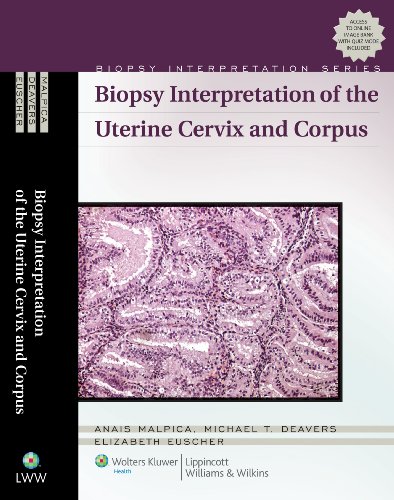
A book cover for Biopsy Interpretation of the Uterine Cervix and Corpus (Biopsy Interpretation Series); Anais Malpica; Medical Books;